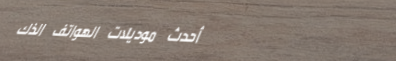
أحدث موديلات الهواتف الذك